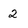
Character: 2